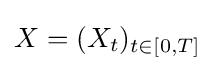
{\textstyle X=(X_{t})_{t\in [0,T]}}